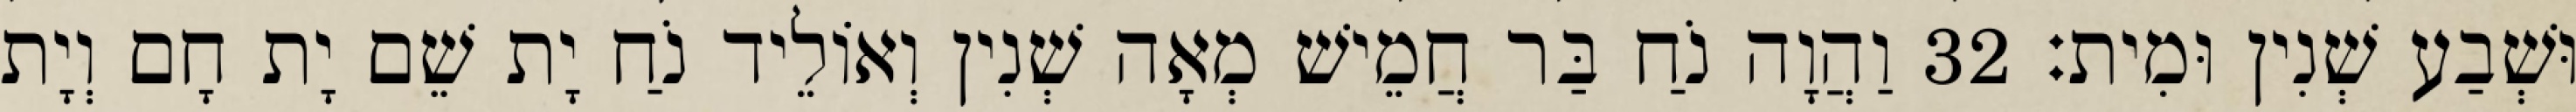
וּשְׁבַע שְׁנִין וּמִית׃ 32 וַהֲוָה נֹחַ בַּר חֲמֵישׁ מְאָה שְׁנִין וְאוֹלֵיד נֹחַ יָת שֵׁם יָת חָם וְיָת